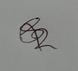
Signature authenticity: genuine